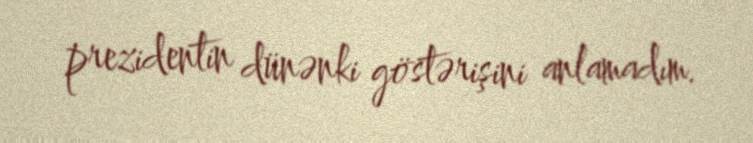
prezidentin dünənki göstərişini anlamadım.